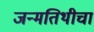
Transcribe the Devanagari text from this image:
जन्मतिथीचा